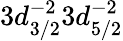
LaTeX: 3d_{3/2}^{-2}3d_{5/2}^{-2}